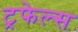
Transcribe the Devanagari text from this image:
ट्रफेल्स